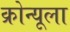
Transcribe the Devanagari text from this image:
क्रोन्यूला